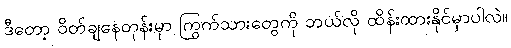
ဒီတော့ ဝိတ်ချနေတုန်းမှာ ကြွက်သားတွေကို ဘယ်လို ထိန်းထားနိုင်မှာပါလဲ။